Leaving Certificate Examination (including Day School Certificate (Higher) General paper), 1933
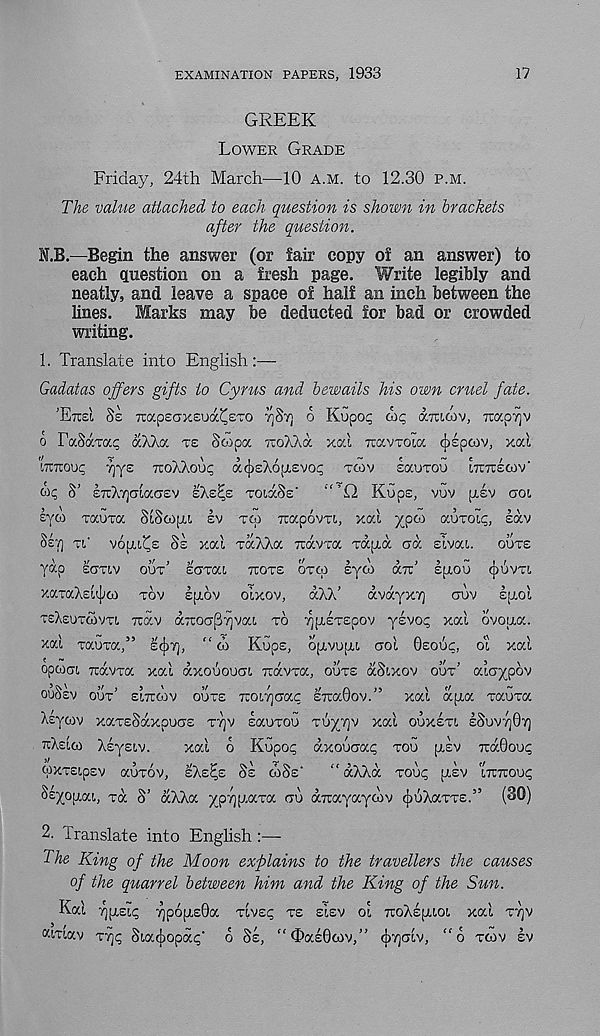
EXAMINATION PAPERS, 1933
17
GREEK
LOWER GRADE
Friday, 24th March—10 A.M. to 12.30 P.M.
The value attached to each question is shown in brackets
after the question.
N.B.—Begin the answer (or fair copy of an answer) to
each question on a fresh page. Write legibly and
neatly, and leave a space of half an inch between the
lines. Marks may be deducted for bad or crowded
writing.
1. Translate into English:—
Gadatas offers gifts to Cyrus and bewails his own cruel fate.
'ETCSI $e Tcapsdxeua^STO ^ST] 6 Kupo;; oic, amcov, rcapTjV
o FaSaxa? a Aha xe Scopa icohAa xal TOCVXOU/. cjispoiv, xal
'innouq Tjye TCOAXOIK; acjishopiEvo^ xcov sauxou ITCTTEOIV'
o? S’ ETrATjaiacrEv EXE^E xoiaSs' ‘'’£2 Kups, vuv [XEV aoi
eyco xauxa SiScopu sv xai Trapovxi, xal ypoi aoxoit;, lav
SET) XL'
VOLUME SE xal xaXXa Travxa xdpia ad slvai. ooxs
yap EaxLv oux’ EaxaL TCOXE OX<A lyco <XTC’ Ipiou (JIUVXL
xaxaXEL^co xov Ipiov olxov, dXX’
dvdyxT)
auv I[JLOI
XEXEUXWVXL xav druoCTpTjVaL xo yjalxspov yevoq xal ovoua.
xal xauxa,” E^T), “ co Kups, ojxvujXL aol OEOUC, O'L xal
opiooL jcdvxa xal dxououoi Tidvxa, ouxs dSixov oux’ aiaypov
ouSsv OUX’ ELTTOIV OUXE TCOL7)CTac ETuaGov.” xal dpia xauxa
Asyaiv xaxESdxpuGE x'/)v sauxou xuynv xal OUXEXL ISUVTJGT)
XXELOI Asysiv.
xal o Kupo<; dxouxa^ xou [xsv TcdGoui;
oxxsipsv auxov, EXE^E SE CSSE'
“ dXXd xou<; pilv L7ircou<;
SsyogaL, xd S’ dXXa ypygaxa GU aTiayayaiv ^uXaxxs.” (30)
2. "translate into Enghsh :—
The King of the Moon explains to the travellers the causes
of the quarrel between him and the King of the Sun.
Kal
7)p6pL£0a XLV£<; XE EIEV OL TtoXlpnoL xal XT)V
«LXLav X7)q Sia^opa^' 6 SE, “OalGoiv,” (J)T)GLV, “b xcov lv